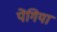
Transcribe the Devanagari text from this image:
पेंगिया